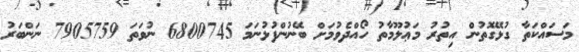
މަސައްކަތާ ގުޅޭގޮތުން އިތުރު މަޢުލޫމާތު ހޯއްދެވުމަށް ބޭނުންފުޅުނަމަ 6800745 ނުވަތަ 7905759 ނަންބަރު